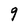
Character: g